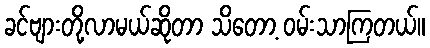
ခင်ဗျားတို့လာမယ်ဆိုတာ သိတော့ ဝမ်းသာကြတယ်။